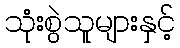
သုံးစွဲသူများနှင့်